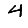
Digit: 4